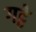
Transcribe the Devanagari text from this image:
गट्ठे